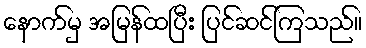
နောက်မှ အမြန်ထပြီး ပြင်ဆင်ကြသည်။